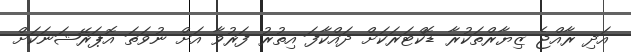
އަދި ރާއްޖެ ޒިޔާރްތަކުރާ ޑޮކްޓަރަކަށް ދައްކާފަ އިތުރު ފަރުވާ އަށް ނުވަތަ އޮޕަރޭޝަނަކަށް